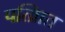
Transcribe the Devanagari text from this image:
पत्व्राित